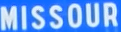
MISSOUR